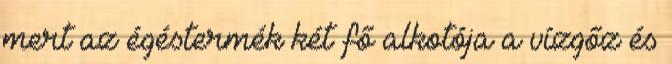
mert az égéstermék két fő alkotója a vízgőz és